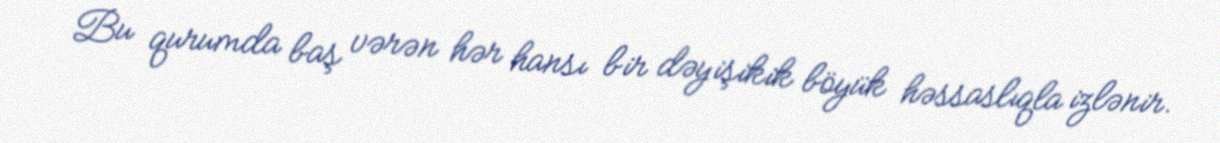
Bu qurumda baş vərən hər hansı bir dəyişikik böyük həssaslıqla izlənir.